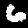
Digit: 6